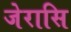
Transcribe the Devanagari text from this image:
जेरासि